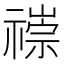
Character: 𥛢